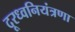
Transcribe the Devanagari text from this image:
दूरध्वनियंत्रणा